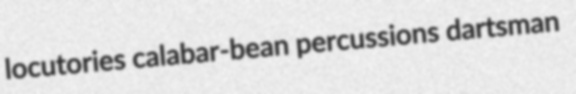
locutories calabar-bean percussions dartsman